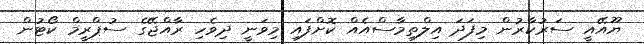
ޔޫއޭއީ ސަރުކާރުން މިފަދަ އިލްތިމާސްއެއް ކޮށްފައި މިވަނީ ދިވެހި ރާއްޖޭގެ ސުޕްރީމް ކޯޓުން